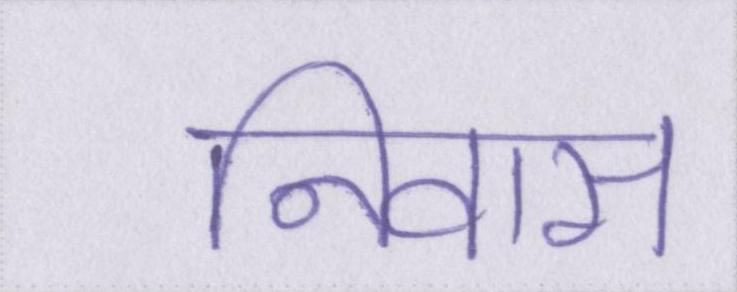
निवास